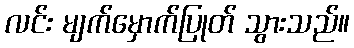
လင်း မျက်မှောက်ပြုတ် သွားသည်။